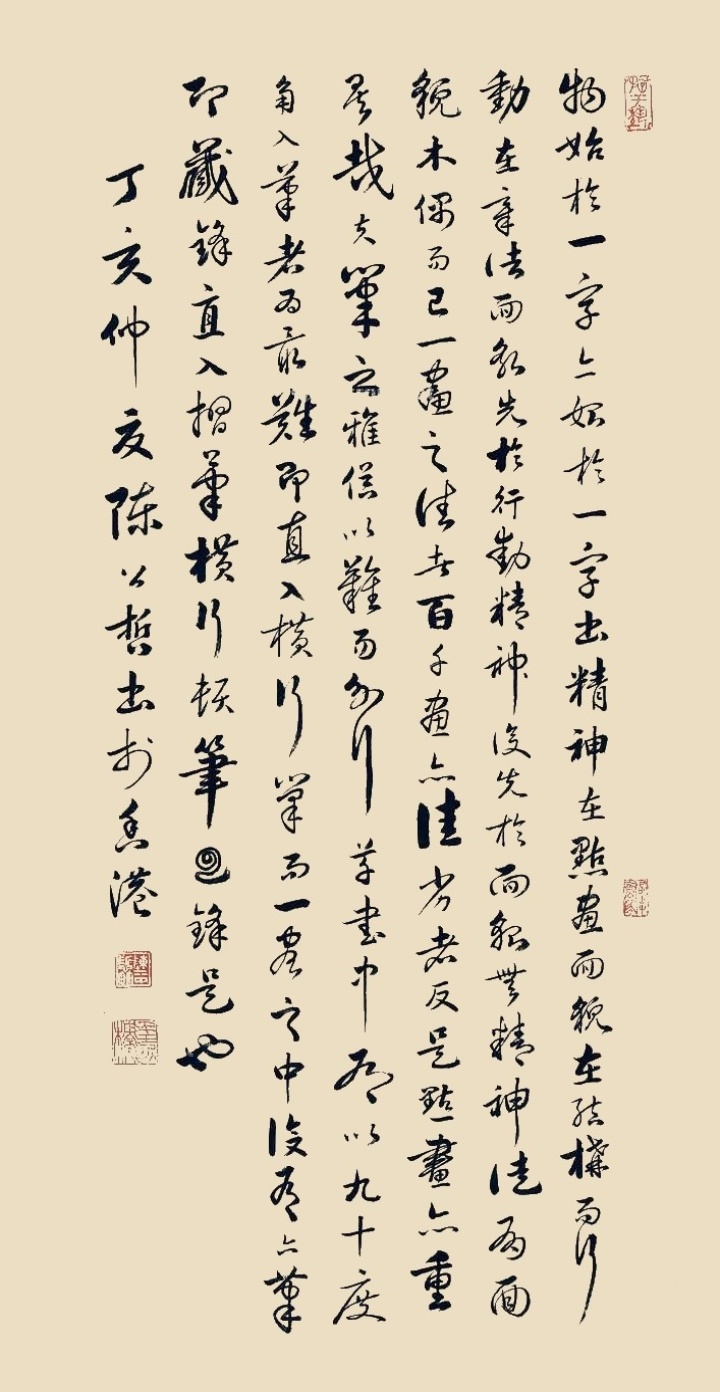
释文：道生一，一生二，二生三，三生万物。梦痕先生雅正，公哲。物始于一，字亦始于一，字出精神在点画，而貌在结构，而行动在章法，面貌先于行动，精神后先于面貌，无精神徒有面貌，木偶而已。一画之佳者，百千画亦佳，劣者反是，点画亦重异哉。夫笔之雅俗，以难易分行。草书中，尤以九十度角入笔者为最难，即直入横行笔，而一画之中，复有下笔即藏锋直入，折笔横行顿笔回锋是也。丁亥仲夏，陈公哲书于香港。